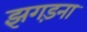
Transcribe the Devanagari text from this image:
झगड़ना